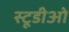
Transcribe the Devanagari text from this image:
स्टूडीओ